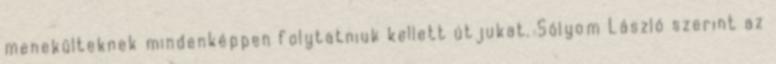
menekülteknek mindenképpen folytatniuk kellett útjukat. Sólyom László szerint az